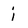
Character: i